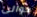
حوالي